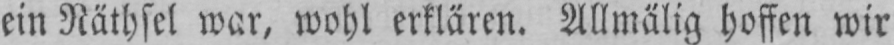
ein Räthsel war, wohl erklären. Allmälig hoffen wir